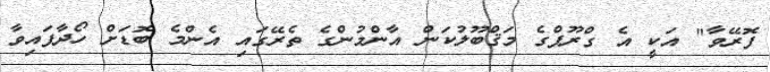
ފޮރޭވާ" އަކީ އެ ގްރޫޕްގެ މަޤްބޫލުކަން އާންމުންގެ ތެރޭގައި އެންމެ ބޮޑަށް ހޯދާފައިވާ